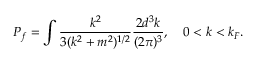
P _ { f } = \int { \frac { k ^ { 2 } } { 3 ( k ^ { 2 } + m ^ { 2 } ) ^ { 1 / 2 } } } { \frac { 2 d ^ { 3 } k } { ( 2 \pi ) ^ { 3 } } } , \quad 0 < k < k _ { F } .